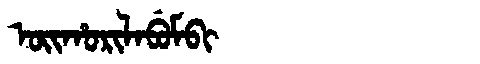
Manchu: ᠣᡳᡥᠣᡵᡳᠯᠠᠪᡠᠮᠪᡳ
Romanization: OIHORILABUMBI